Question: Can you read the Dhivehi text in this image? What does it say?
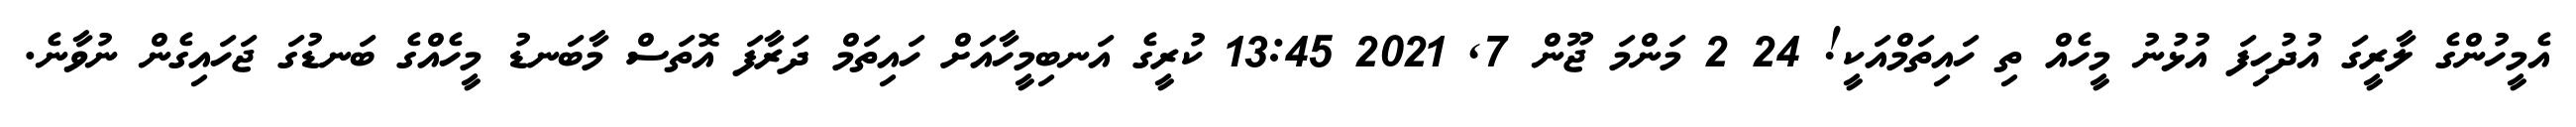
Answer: އެމީހުންގެ ލާރީގަ އުދުހިފަ އުޅުނު މީހެއް ތި ހައިތަމްއަކީ! 24 2 މަންމަ ޖޫން 7, 2021 13:45 ކުރީގެ އަނބިމީހާއަށް ހައިތަމް ދަރާފަ އޮތަސް މާބަނޑު މީހެއްގެ ބަނޑުގަ ޖަހައިގެން ނުވާނެ.